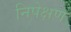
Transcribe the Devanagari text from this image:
निपेक्षण